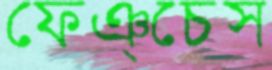
ফেঞ্চেস